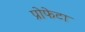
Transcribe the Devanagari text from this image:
प्रोफेटा